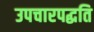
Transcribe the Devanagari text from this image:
उपचारपद्धति